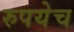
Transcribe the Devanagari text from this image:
रुपयेच